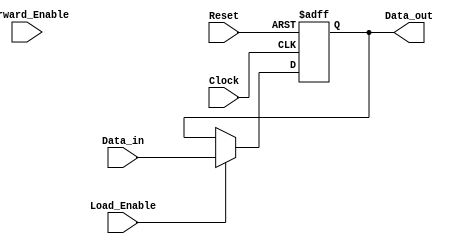
module ForwardingRegister (
    input wire [31:0] Data_in,      // Incoming data bus
    input wire Forward_Enable,       // Control signal to enable forwarding
    input wire Load_Enable,          // Control signal to load new data
    input wire Clock,                // Clock signal
    input wire Reset,                // Asynchronous reset signal
    output reg [31:0] Data_out       // Output data bus
);

    // Asynchronous reset behavior
    always @(posedge Clock or posedge Reset) begin
        if (Reset) begin
            Data_out <= 32'b0; // Reset the output to zero
        end else if (Load_Enable) begin
            Data_out <= Data_in; // Load new data into the register
        end else if (Forward_Enable) begin
            // Maintain current state (forward the output)
            Data_out <= Data_out; // This line is optional, kept for clarity
        end
        // If neither Load_Enable nor Forward_Enable are asserted,
        // Data_out retains its previous value.
    end

endmodule